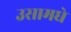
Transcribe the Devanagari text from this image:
उसामधे